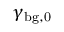
\gamma _ { \mathrm { b g , 0 } }